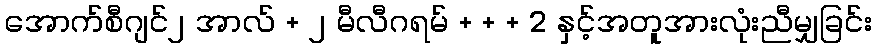
အောက်စီဂျင်၂ အာလ် + ၂ မီလီဂရမ် + + + 2 နှင့်အတူအားလုံးညီမျှခြင်း